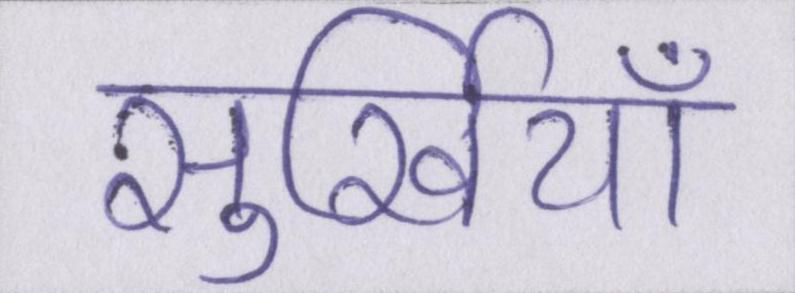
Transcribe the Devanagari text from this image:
सुर्खियाँ